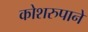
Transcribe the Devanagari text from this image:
कोशरुपाने